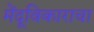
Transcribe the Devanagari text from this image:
मेंदूविकाराचा